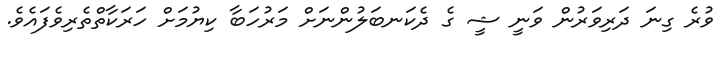
ވުރެ ގިނަ ދަރިވަރުން ވަނީ ޝީ ގެ ދެކަނބަލުންނަށް މަރުހަބާ ކިޔުމަށް ހަރަކާތްތެރިވެފައެވެ.